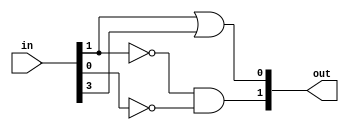
module encoder4x2 (in,out);
  
  input [3:0] in;
  output [1:0] out;
  
  wire w1,w2;
  
  not g0(w1,in[1]);
  not g1(w2,in[0]);
  and g2 (out[1],w1,w2);
  or g3 (out[0],in[1],in[3]);
  
endmodule